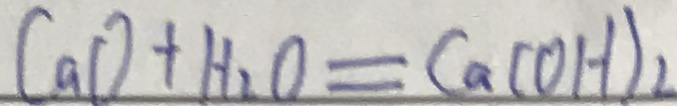
C a O + H _ { 2 } O = C a ( O H ) _ { 2 }